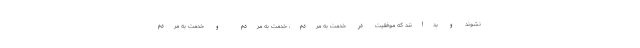
نشوند و بدانند که موفقیت در خدمت به مردم، خدمت به مردم و خدمت به مردم